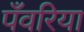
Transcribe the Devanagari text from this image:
पँवरिया